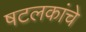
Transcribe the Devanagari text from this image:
षटलकांचे